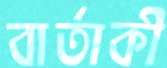
বার্তাকী